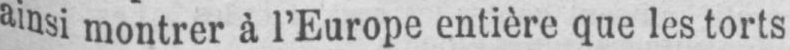
ainsi montrer à l’Europe entière que les torts